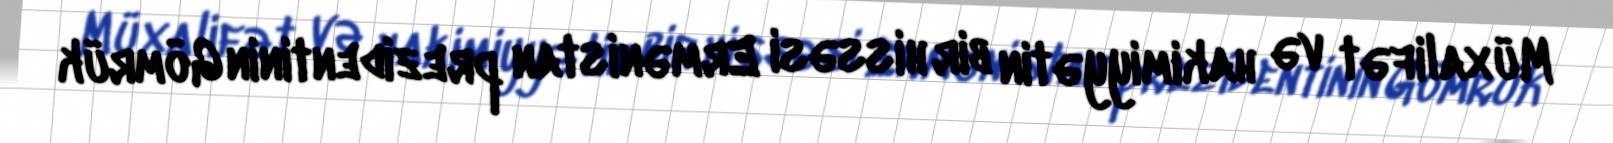
Müxalifət və hakimiyyətin bir hissəsi Ermənistan prezidentinin Gömrük